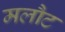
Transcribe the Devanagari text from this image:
मलौट